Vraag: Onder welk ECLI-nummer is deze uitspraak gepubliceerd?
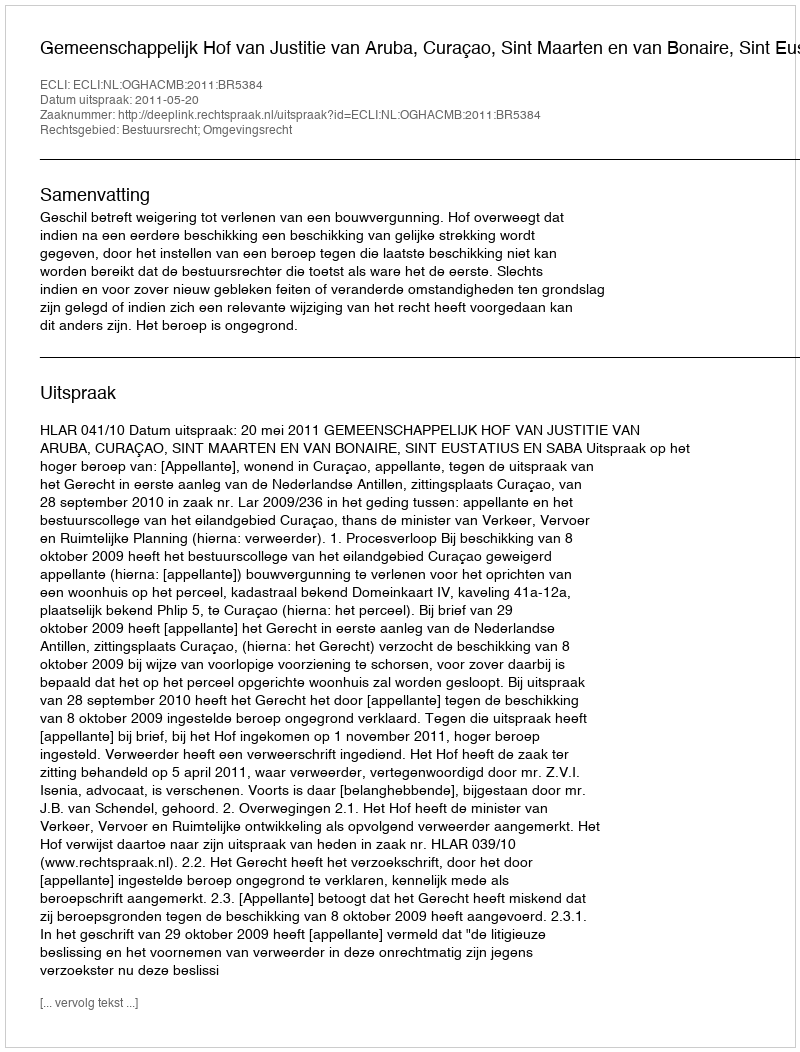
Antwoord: ECLI:NL:OGHACMB:2011:BR5384